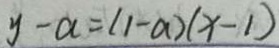
y - a = ( 1 - a ) ( x - 1 )